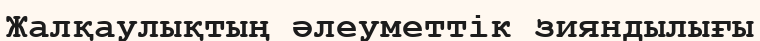
Жалқаулықтың әлеуметтік зияндылығы